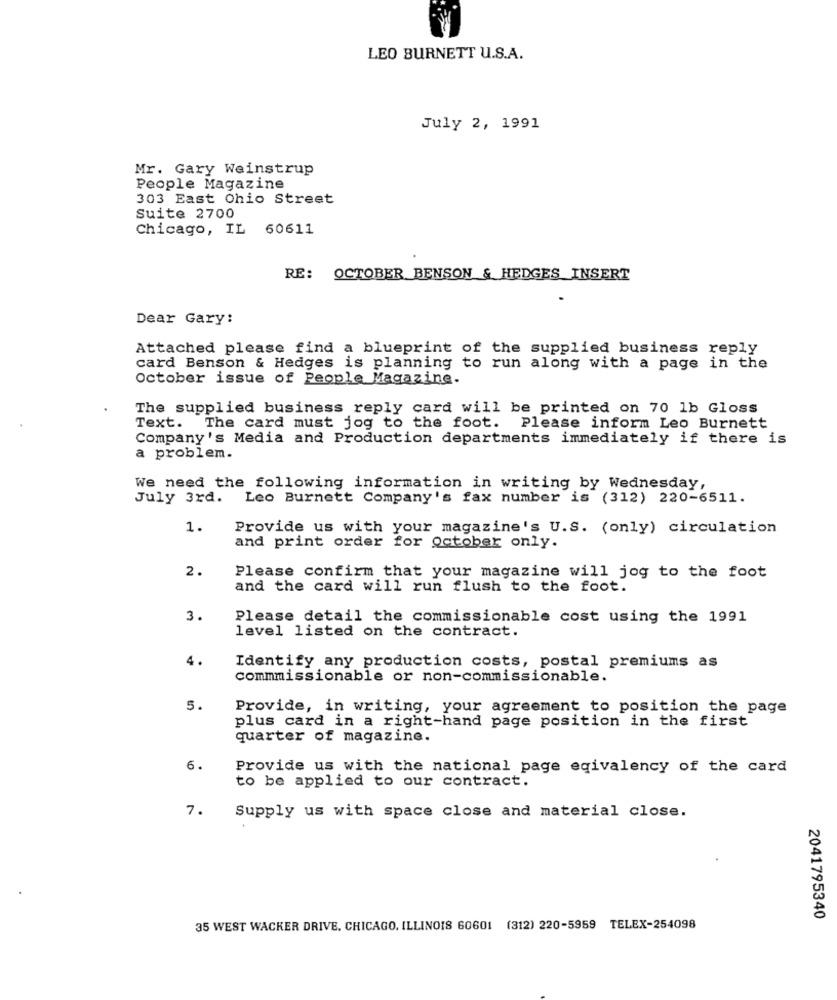
LEO BURNETT U.S.A.
July 2, 1991
Mr. Gary Weinstrup
People Magazine
303 East Ohio Street
Suite 2700
Chicago, IL 60611
RE:
OCTOBER BENSON & HEDGES INSERT
Dear Gary:
Attached please find a blueprint of the supplied business reply
card Benson & Hedges is planning to run along with a page in the
October issue of People Magazine.
The supplied business reply card will be printed on 70 1b Gloss
Text. The card must jog to the foot. Please inform Leo Burnett
Company's Media and Production departments immediately if there is
a problem.
We need the following information in writing by Wednesday,
July 3rd. Leo Burnett Company's fax number is (312) 220-6511.
1.
Provide us with your magazine's U.S. (only) circulation
and print order for october only.
2.
Please confirm that your magazine will jog to the foot
and the card will run flush to the foot.
3.
Please detail the commissionable cost using the 1991
level listed on the contract.
4.
Identify any production costs, postal premiums as
commmissionable or non-commissionable.
5.
Provide, in writing, your agreement to position the page
plus card in a right-hand page position in the first
quarter of magazine.
6.
Provide us with the national page egivalency of the card
to be applied to our contract.
7.
Supply us with space close and material close.
2041795340
35 WEST WACKER DRIVE. CHICAGO, ILLINOIS 60601 (312) 220-5959 TELEX-254098